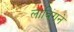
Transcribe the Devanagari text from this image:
लाविंगने